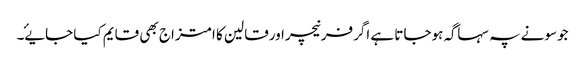
جوسونے پہ سہاگہ ہوجاتا ہے اگرفرنیچراورقالین کا امتزاج بھی قایم کیا جایۓ۔